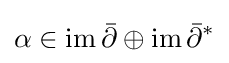
\alpha \in \operatorname {im} {\bar {\partial }}\oplus \operatorname {im} {\bar {\partial }}^{*}